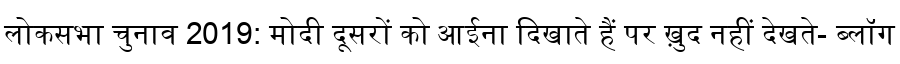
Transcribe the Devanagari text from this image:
लोकसभा चुनाव 2019: मोदी दूसरों को आईना दिखाते हैं पर ख़ुद नहीं देखते- ब्लॉग